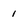
Character: 1